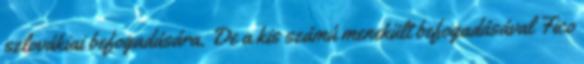
szlovákiai befogadására. De a kis számú menekült befogadásával Fico